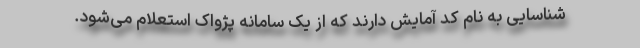
شناسایی به نام کد آمایش دارند که از یک سامانه پژواک استعلام می‌شود.